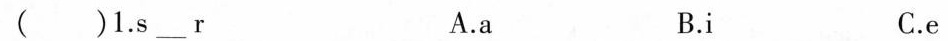
( )1.s ___ r A.a B.i C.e